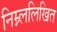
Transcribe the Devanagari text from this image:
निम्न्ललिखित